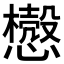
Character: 𰒛